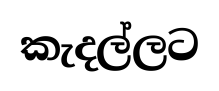
කැදල්ලට